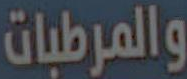
والمرطبات